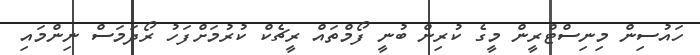
ހައުސިން މިނިސްޓްރީން މީގެ ކުރިން ބުނީ ފޯމްތައް ރީޗެކް ކުރުމަށްފަހު ރޯދަމަސް ނިންމައި